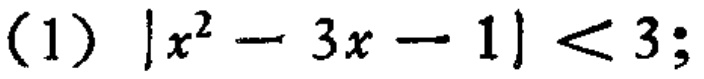
\((1)\ |x^{2}-3x - 1| < 3;\)